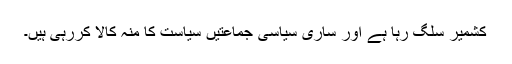
کشمیر سلگ رہا ہے اور ساری سیاسی جماعتیں سیاست کا منہ کالا کررہی ہیں۔